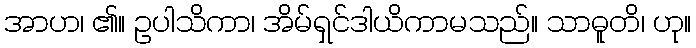
အာဟ၊ ၏။ ဥပါသိကာ၊ အိမ်ရှင်ဒါယိကာမသည်။ သာဓူတိ၊ ဟု။